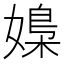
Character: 𡠿